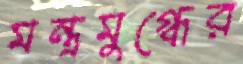
মন্ত্রমুগ্ধের